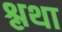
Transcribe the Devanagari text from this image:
श्लथा